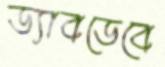
ড্যাবডেবে